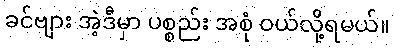
ခင်ဗျား အဲ့ဒီမှာ ပစ္စည်း အစုံ ဝယ်လို့ရမယ်။